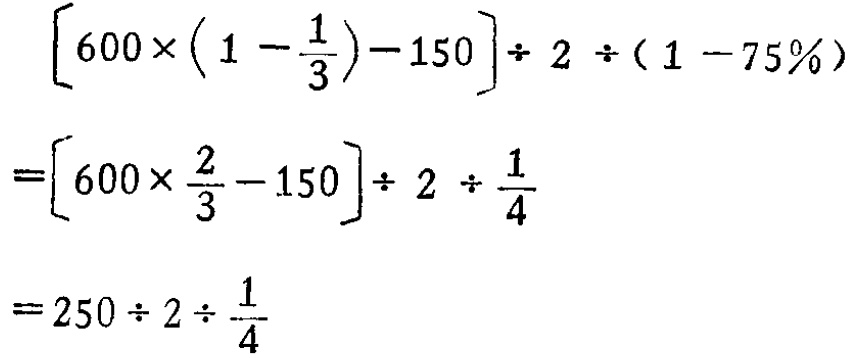
\[

\begin{align*}

&\left[600\times\left(1 - \frac{1}{3}\right)-150\right]\div 2\div(1 - 75\%)\\

=&\left[600\times\frac{2}{3}-150\right]\div 2\div\frac{1}{4}\\

=&250\div 2\div\frac{1}{4}

\end{align*}

\]